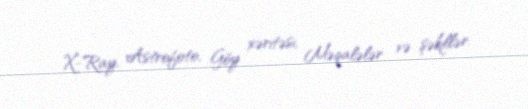
X-Ray, Astrofoto, Göy xəritəsi, Məqalələr və şəkillər.